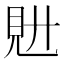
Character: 𧠌